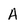
Character: A